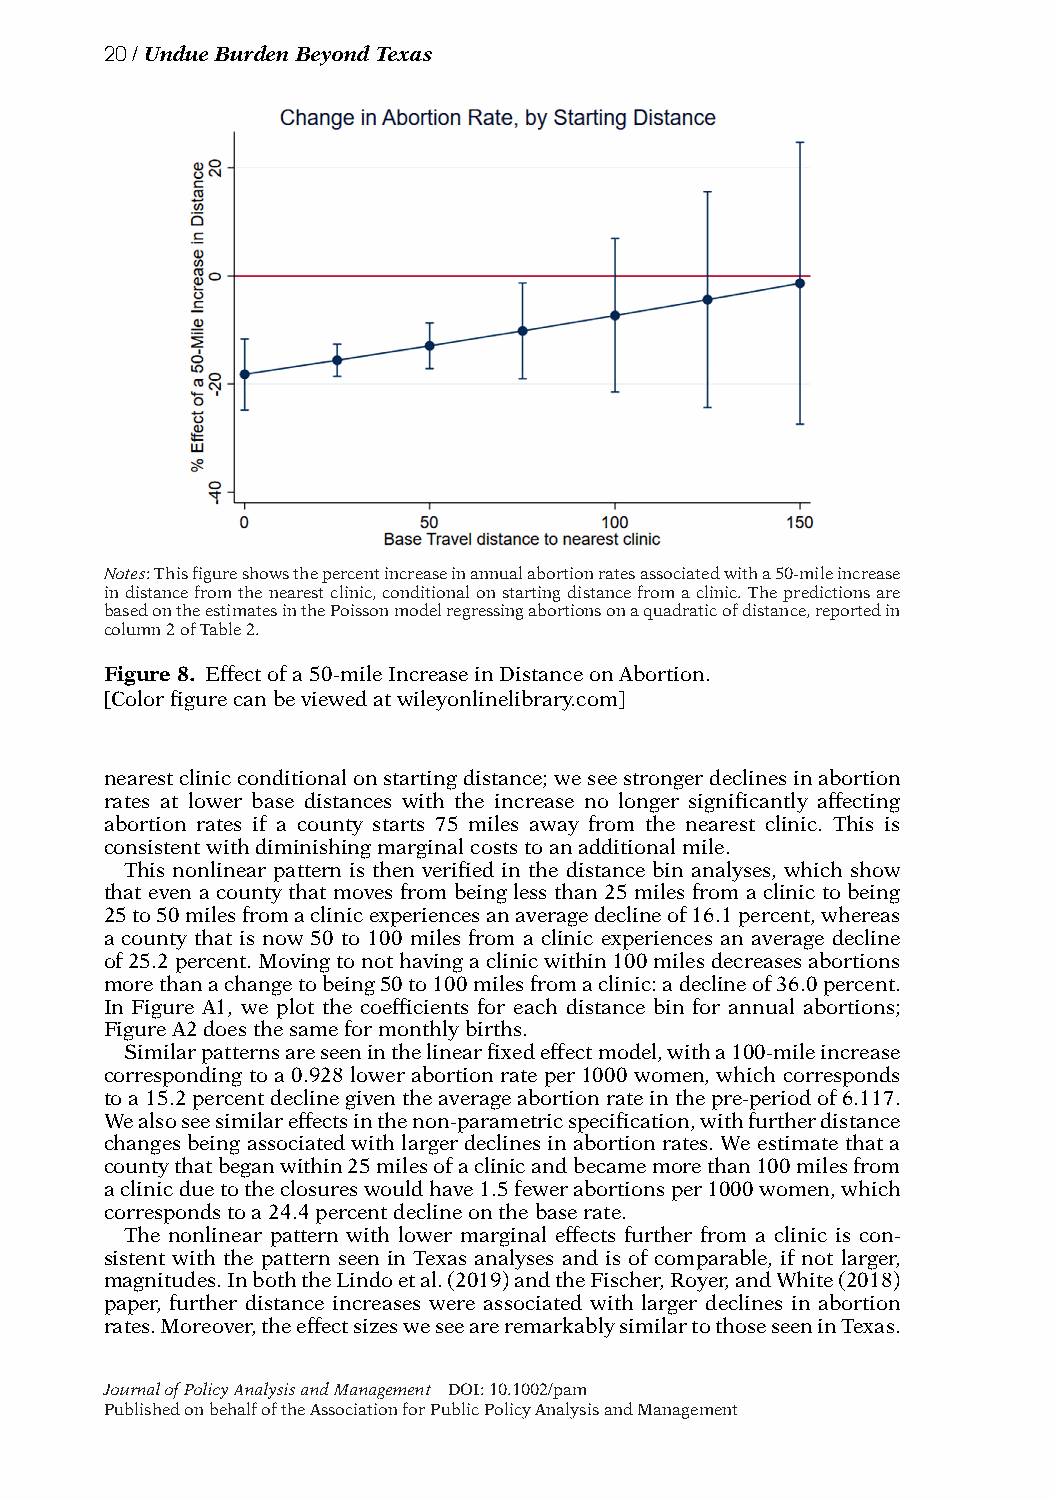
20/UndueBurdenBeyondTexas
 Notes:Thisfigureshowsthepercentincreaseinannualabortionratesassociatedwitha50-mileincrease
 indistancefromthenearestclinic,conditionalonstartingdistancefromaclinic.Thepredictionsare
 basedontheestimatesinthePoissonmodelregressingabortionsonaquadraticofdistance,reportedin
 column2ofTable2.
 Figure8. Effectofa50-mileIncreaseinDistanceonAbortion.
 [Colorfigurecanbeviewedatwileyonlinelibrary.com]
 nearestclinicconditionalonstartingdistance;weseestrongerdeclinesinabortion
 rates at lower base distances with the increase no longer significantly affecting
 abortion rates if a county starts 75 miles away from the nearest clinic. This is
 consistentwithdiminishingmarginalcoststoanadditionalmile.
 This nonlinear pattern is then verified in the distance bin analyses, which show
 that even a county that moves from being less than 25 miles from a clinic to being
 25to50milesfromaclinicexperiencesanaveragedeclineof16.1percent,whereas
 a county that is now 50 to 100 miles from a clinic experiences an average decline
 of25.2percent.Movingtonothavingaclinicwithin100milesdecreasesabortions
 morethanachangetobeing50to100milesfromaclinic:adeclineof36.0percent.
 In Figure A1, we plot the coefficients for each distance bin for annual abortions;
 FigureA2doesthesameformonthlybirths.
 Similarpatternsareseeninthelinearfixedeffectmodel,witha100-mileincrease
 corresponding to a 0.928 lower abortion rate per 1000 women, which corresponds
 toa15.2percentdeclinegiventheaverageabortionrateinthepre-periodof6.117.
 Wealsoseesimilareffectsinthenon-parametricspecification,withfurtherdistance
 changesbeingassociatedwithlargerdeclinesinabortionrates.Weestimatethata
 countythatbeganwithin25milesofaclinicandbecamemorethan100milesfrom
 aclinicduetotheclosureswouldhave1.5fewerabortionsper1000women,which
 correspondstoa24.4percentdeclineonthebaserate.
 The nonlinear pattern with lower marginal effects further from a clinic is con-
 sistent with the pattern seen in Texas analyses and is of comparable, if not larger,
 magnitudes.InboththeLindoetal.(2019)andtheFischer,Royer,andWhite(2018)
 paper, further distance increases were associated with larger declines in abortion
 rates.Moreover,theeffectsizesweseeareremarkablysimilartothoseseeninTexas.
 JournalofPolicyAnalysisandManagement DOI:10.1002/pam
 PublishedonbehalfoftheAssociationforPublicPolicyAnalysisandManagement